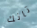
تانك